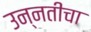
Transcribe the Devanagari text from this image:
उन्नतीचा